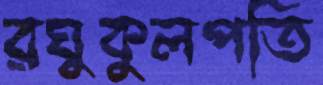
রঘুকুলপতি